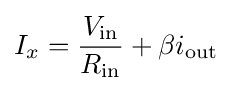
I_{x}={\frac {V_{\mathrm {in} }}{R_{\mathrm {in} }}}+\beta i_{\mathrm {out} }\